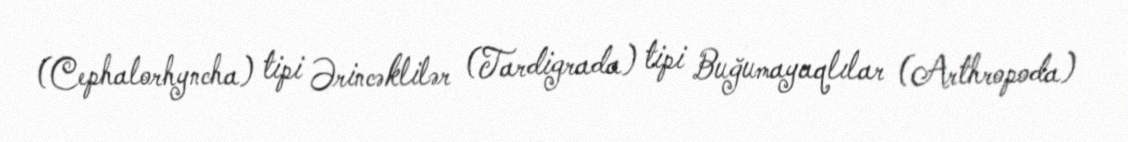
(Cephalorhyncha) tipi Ərincəklilər (Tardigrada) tipi Buğumayaqlılar (Arthropoda)